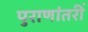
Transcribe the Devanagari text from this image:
पुराणांतरीं